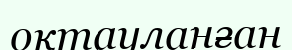
оқтауланған